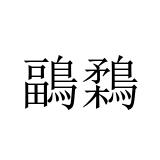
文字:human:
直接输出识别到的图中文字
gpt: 鶝鶔